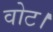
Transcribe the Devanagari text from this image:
वोट।